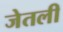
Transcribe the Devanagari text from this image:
जेतली